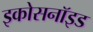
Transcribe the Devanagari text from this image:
इकोसनॉइड